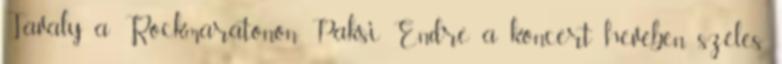
Tavaly a Rockmaratonon Paksi Endre a koncert hevében széles